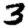
Digit: 3